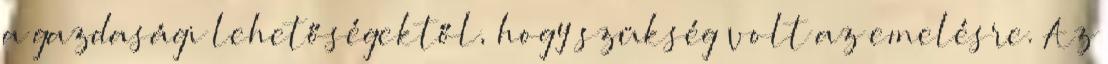
a gazdasági lehetőségektől, hogy szükség volt az emelésre. Az